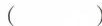
（ ）